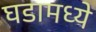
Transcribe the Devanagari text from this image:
घडामध्ये